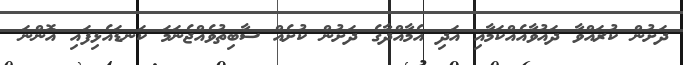
ދަށުން ކުރައްވާ ދައުވާއެއްކަމާއި އަދި އެމާއްދާގެ ދަށުން ކުށެއް ސާބިތުވެއްޖެނަމަ ކަނޑައެޅިފައި އޮންނަ